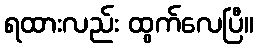
ရထားလည်း ထွက်လေပြီ။